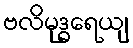
ဗလိမုဒ္ဓရေယျ